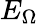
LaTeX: E_{\Omega}